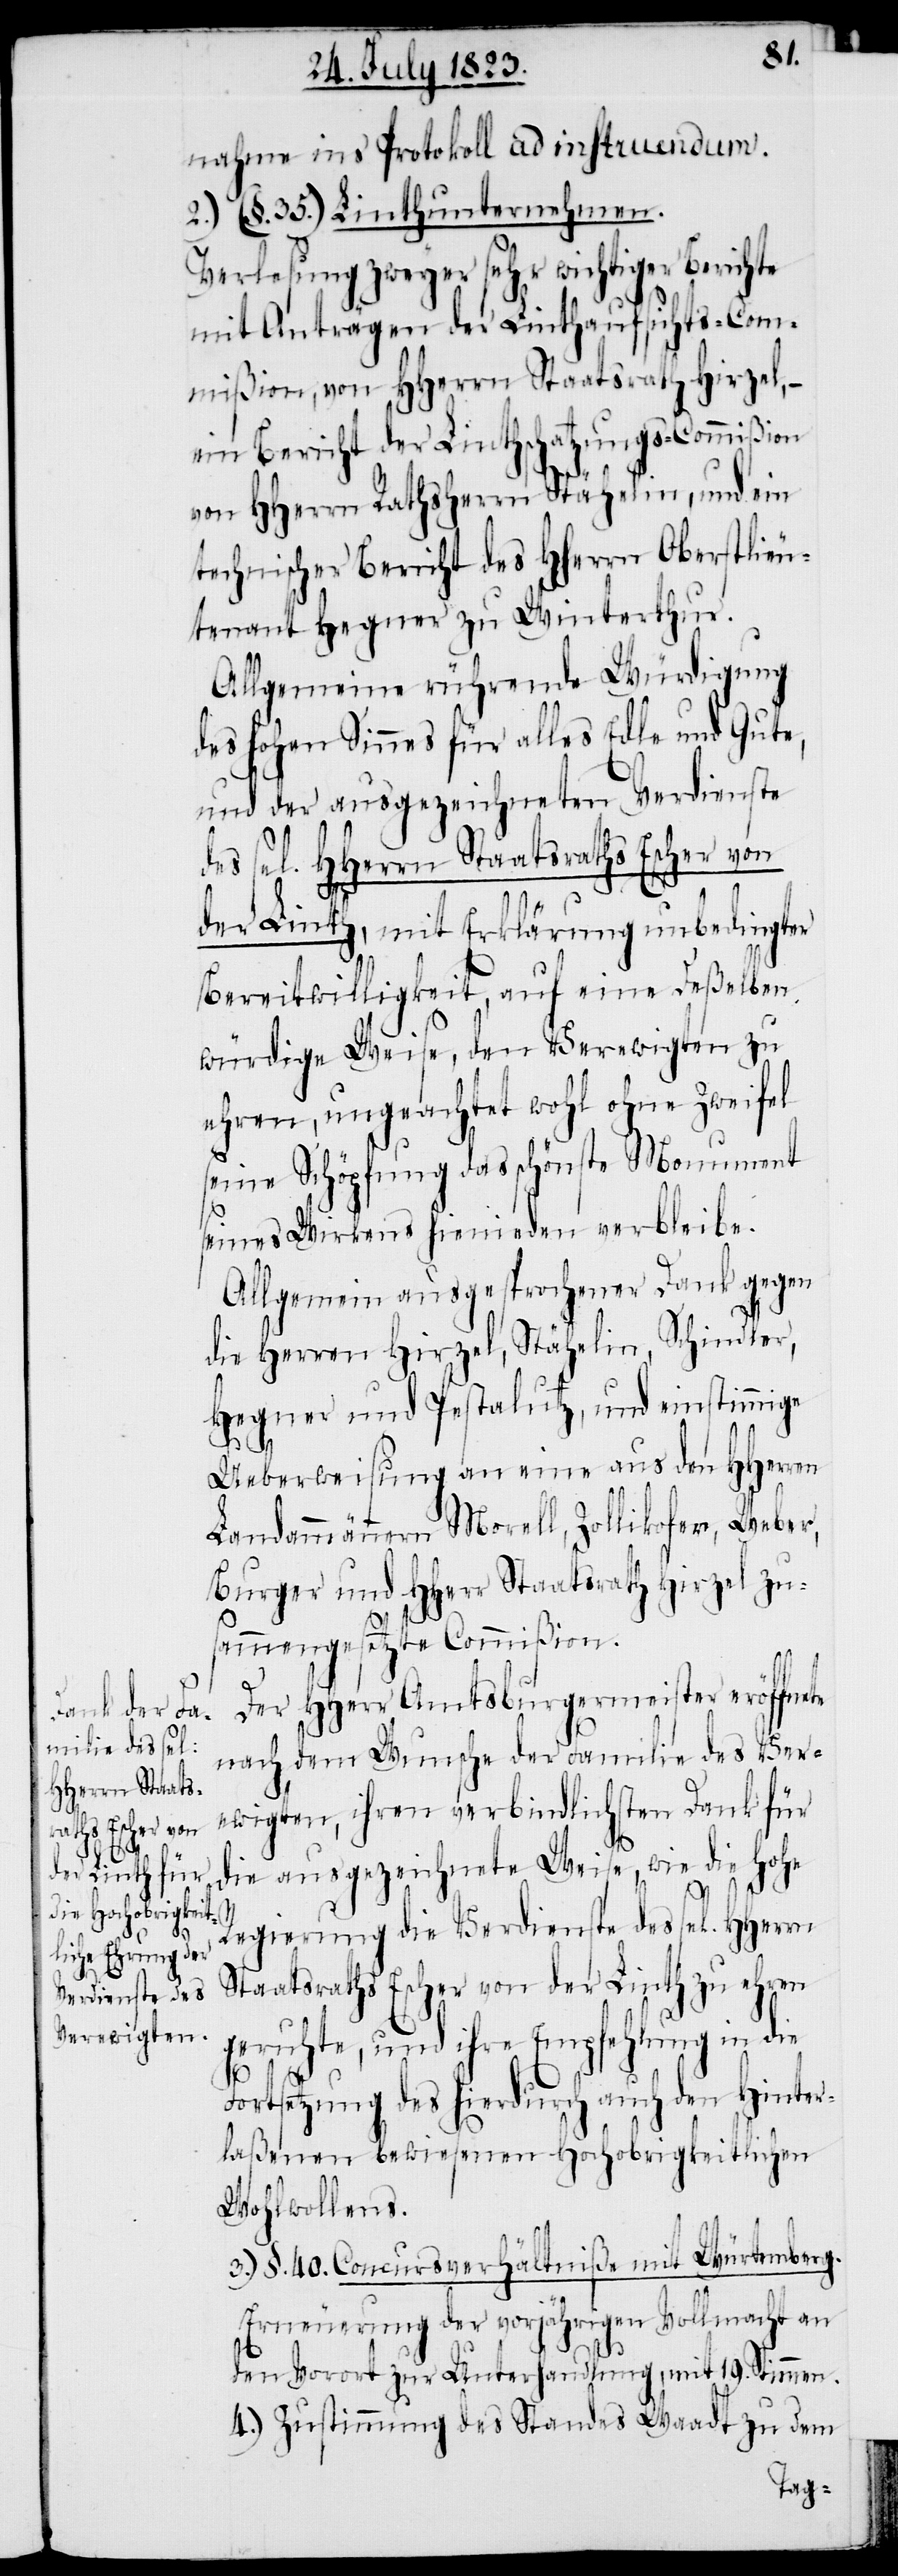
nahme ins Protokoll ad instruendum.
2.) (§. 35.) Linthunternehmen.
Verlesung zweyer sehr wichtiger Berichte
mit Anträgen der Linthaufsichts-Com¬
mißion, von HHerrn Staatsrath Hirzel,
ein Bericht der Linthschatzungs-Commißion
von HHerrn Rathsherrn Stähelin, und ein
technischer Bericht des Hherrn Oberstlieu¬
tenant Hegner zu Winterthur.
Allgemeine rührende Würdigung
des hohen Sinnes für alles Edle und Gute,
und der ausgezeichneten Verdienste
des sel. HHerrn Staatsraths Escher von
der Linth, mit Erklärung unbedingter
Bereitwilligkeit, auf eine Deßelben
würdige Weise, den Verewigten zu
ehren, ungeachtet wohl ohne Zweifel
seine Schöpfung das schönste Monument
seines Wirkens hienieden verbleibe.
Allgemein ausgesprochener Dank gegen
die Herren Hirzel, Stähelin, Schindler,
Hegner und Pestalutz, und einstimmige
Ueberweisung an eine aus den HHerren
Landammännern Morell, Zollikofer, Weber,
Burger und HHerr Staatsrath Hirzel zu¬
sammengesetzte Commißion.
Der HHerr Amtsburgermeister eröffnete
nach dem Wunsche der Familie des Ver¬
ewigten, ihren verbindlichsten Dank für
die ausgezeichnete Weise, wie die Hohe
Regierung die Verdienste des sel. HHerrn
Staatsraths Escher von der Linth zu ehren
geruhte, und ihre Empfehlung in die
Fortsetzung des hierdurch auch den Hinter¬
laßenen bewiesenen Hochobrigkeitlichen
Wohlwollens.
3.) §. 40. Concursverhältniße mit Würtemberg.
Erneuerung der vorjährigen Vollmacht an
den Vorort zur Unterhandlung, mit 19. Stimmen.
4.) Zustimmung des Standes Waadt zu dem